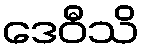
ဒေဝီသိ